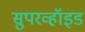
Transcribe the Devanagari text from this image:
सुपरव्हॉइड